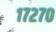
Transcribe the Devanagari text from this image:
१७२७०